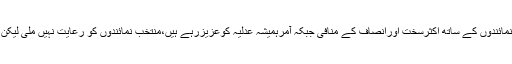
عدلیہ کارویہ سیاستدانوں ،منتخب نمائندوں کے ساتھ اکثرسخت اورانصاف کے منافی جبکہ آمرہمیشہ عدلیہ کوعزیزرہے ہیں،منتخب نمائندوں کو رعایت نہیں ملی لیکن آمرکوہرقسم کی رعایت دی گئی ۔